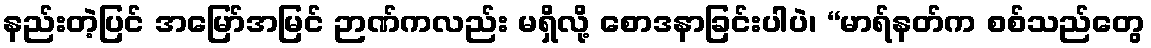
နည်းတဲ့ပြင် အမြော်အမြင် ဉာဏ်ကလည်း မရှိလို့ စောဒနာခြင်းပါပဲ၊ “မာရ်နတ်က စစ်သည်တွေ